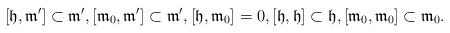
LaTeX: \begin{align*}[\mathfrak{h},\mathfrak{m}' ]\subset\mathfrak{m}',[\mathfrak{m}_0,\mathfrak{m}']\subset\mathfrak{m}',[\mathfrak{h},\mathfrak{m}_0]=0,[\mathfrak{h},\mathfrak{h}]\subset\mathfrak{h},[\mathfrak{m}_0,\mathfrak{m}_0]\subset\mathfrak{m}_0.\end{align*}